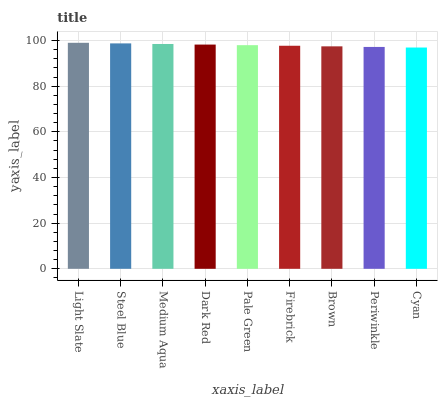
| xaxis_label | bars |
 | --- | --- |
 | Light Slate | 99 |
 | Steel Blue | 98.7 |
 | Medium Aqua | 98.5 |
 | Dark Red | 98.2 |
 | Pale Green | 98 |
 | Firebrick | 97.7 |
 | Brown | 97.4 |
 | Periwinkle | 97.2 |
 | Cyan | 96.9 |